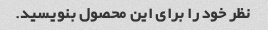
نظر خود را برای این محصول بنویسید.